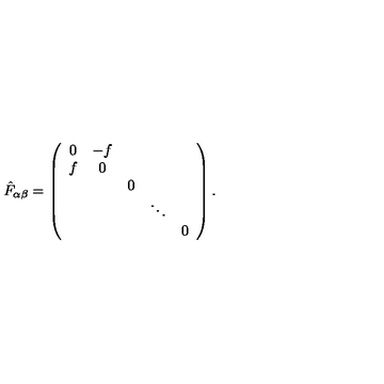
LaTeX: { \hat { F } } _ { \alpha \beta } = \left( \begin{array} { c c c c c } { 0 } & { - f } & { } & { } & { } \\ { f } & { 0 } & { } & { } & { } \\ { } & { } & { 0 } & { } & { } \\ { } & { } & { } & { \ddots } & { } \\ { } & { } & { } & { } & { 0 } \\ \end{array} \right) .